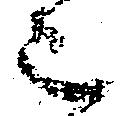
被